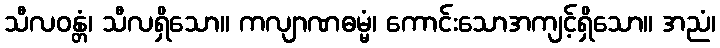
သီလဝန္တံ၊ သီလရှိသော။ ကလျာဏဓမ္မံ၊ ကောင်းသောအကျင့်ရှိသော။ အညံ၊